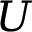
U